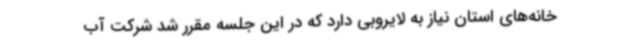
خانه‌های استان نیاز به لایروبی دارد که در این جلسه مقرر شد شرکت آب